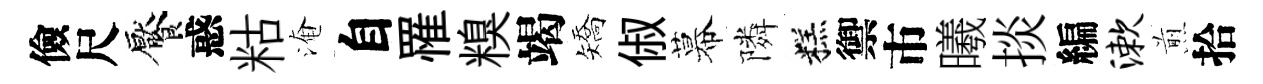
儉尺饜惑䊀淹自罹糗竭矯俶幕隣糕禦市曦掞編漱煎拾